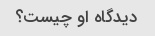
دیدگاه او چیست؟